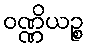
ဝဏ္ဏိယဉ္စ